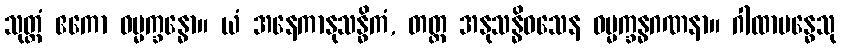
သုတ္တံ ဧကော ဓမ္မက္ခန္ဓော။ ယံ အနေကာနုသန္ဓိကံ, တတ္ထ အနုသန္ဓိဝသေန ဓမ္မက္ခန္ဓဂဏနာ။ ဂါထာဗန္ဓေသု